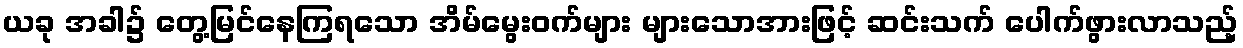
ယခု အခါ၌ တွေ့မြင်နေကြရသော အိမ်မွေးဝက်များ များသောအားဖြင့် ဆင်းသက် ပေါက်ဖွားလာသည့်